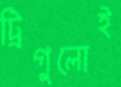
ট্রিগুলোই